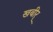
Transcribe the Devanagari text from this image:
खबीर्